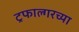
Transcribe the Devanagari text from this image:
ट्रफाल्गरच्या